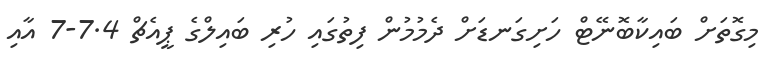
މިގޮތަށް ބައިކާބޮނޭޓް ހަށިގަނޑަށް ދެމުމުން ފިތުގައި ހުރި ބައިލްގެ ޕީއެޗް 7.4-7 އާއި